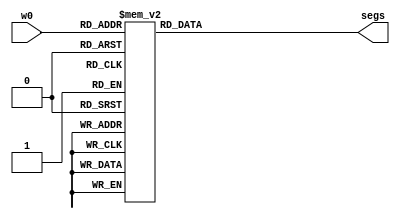
module hex2seg( w0, segs);
    input  wire[3:0]  w0;
    output reg [6:0] segs;
    
    //Define seven-segment display constants
    parameter zero = 7'b0000001;
    parameter one = 7'b1001111;
    parameter two = 7'b0010010;
    parameter three = 7'b0000110;
    parameter four = 7'b1001100;
    parameter five = 7'b0100100;
    parameter six = 7'b0100000;
    parameter seven = 7'b0001111;
    parameter eight = 7'b0000000;
    parameter nine = 7'b0000100;
    parameter ten = 7'b0001000;
    parameter eleven = 7'b1100000;  
    parameter twelve = 7'b0110001;
    parameter thirteen = 7'b1000010;
    parameter fourteen = 7'b0110000;
    parameter fifteen = 7'b0111000;
    
    //Switch case to assign seven segment display
    always @(w0)
        begin
            case(w0)
                4'b0000: segs <= zero;
                4'b0001: segs <= one;
                4'b0010: segs <= two;
                4'b0011: segs <= three;
                4'b0100: segs <= four;
                4'b0101: segs <= five;
                4'b0110: segs <= six;
                4'b0111: segs <= seven;
                4'b1000: segs <= eight;
                4'b1001: segs <= nine;
                4'b1010: segs <= ten; // A
                4'b1011: segs <= eleven; //B
                4'b1100: segs <= twelve;  //C
                4'b1101: segs <= thirteen; //D
                4'b1110: segs <= fourteen; //E
                4'b1111: segs <= fifteen; //F
            endcase
        end
endmodule